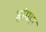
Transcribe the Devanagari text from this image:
ह्वांगहा